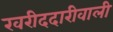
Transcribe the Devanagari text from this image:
खरीददारीवाली